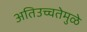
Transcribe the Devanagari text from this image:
अतिउच्चतेमुळे